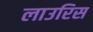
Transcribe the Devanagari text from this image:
लाउरिस